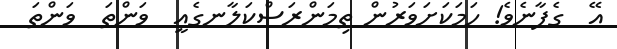
އޭ  ގެފާނެވެ! ހަމަކަށަވަރުން ތިމަންރަސްކަލާނގެއީ  ވަންތަ  ވަންތަ